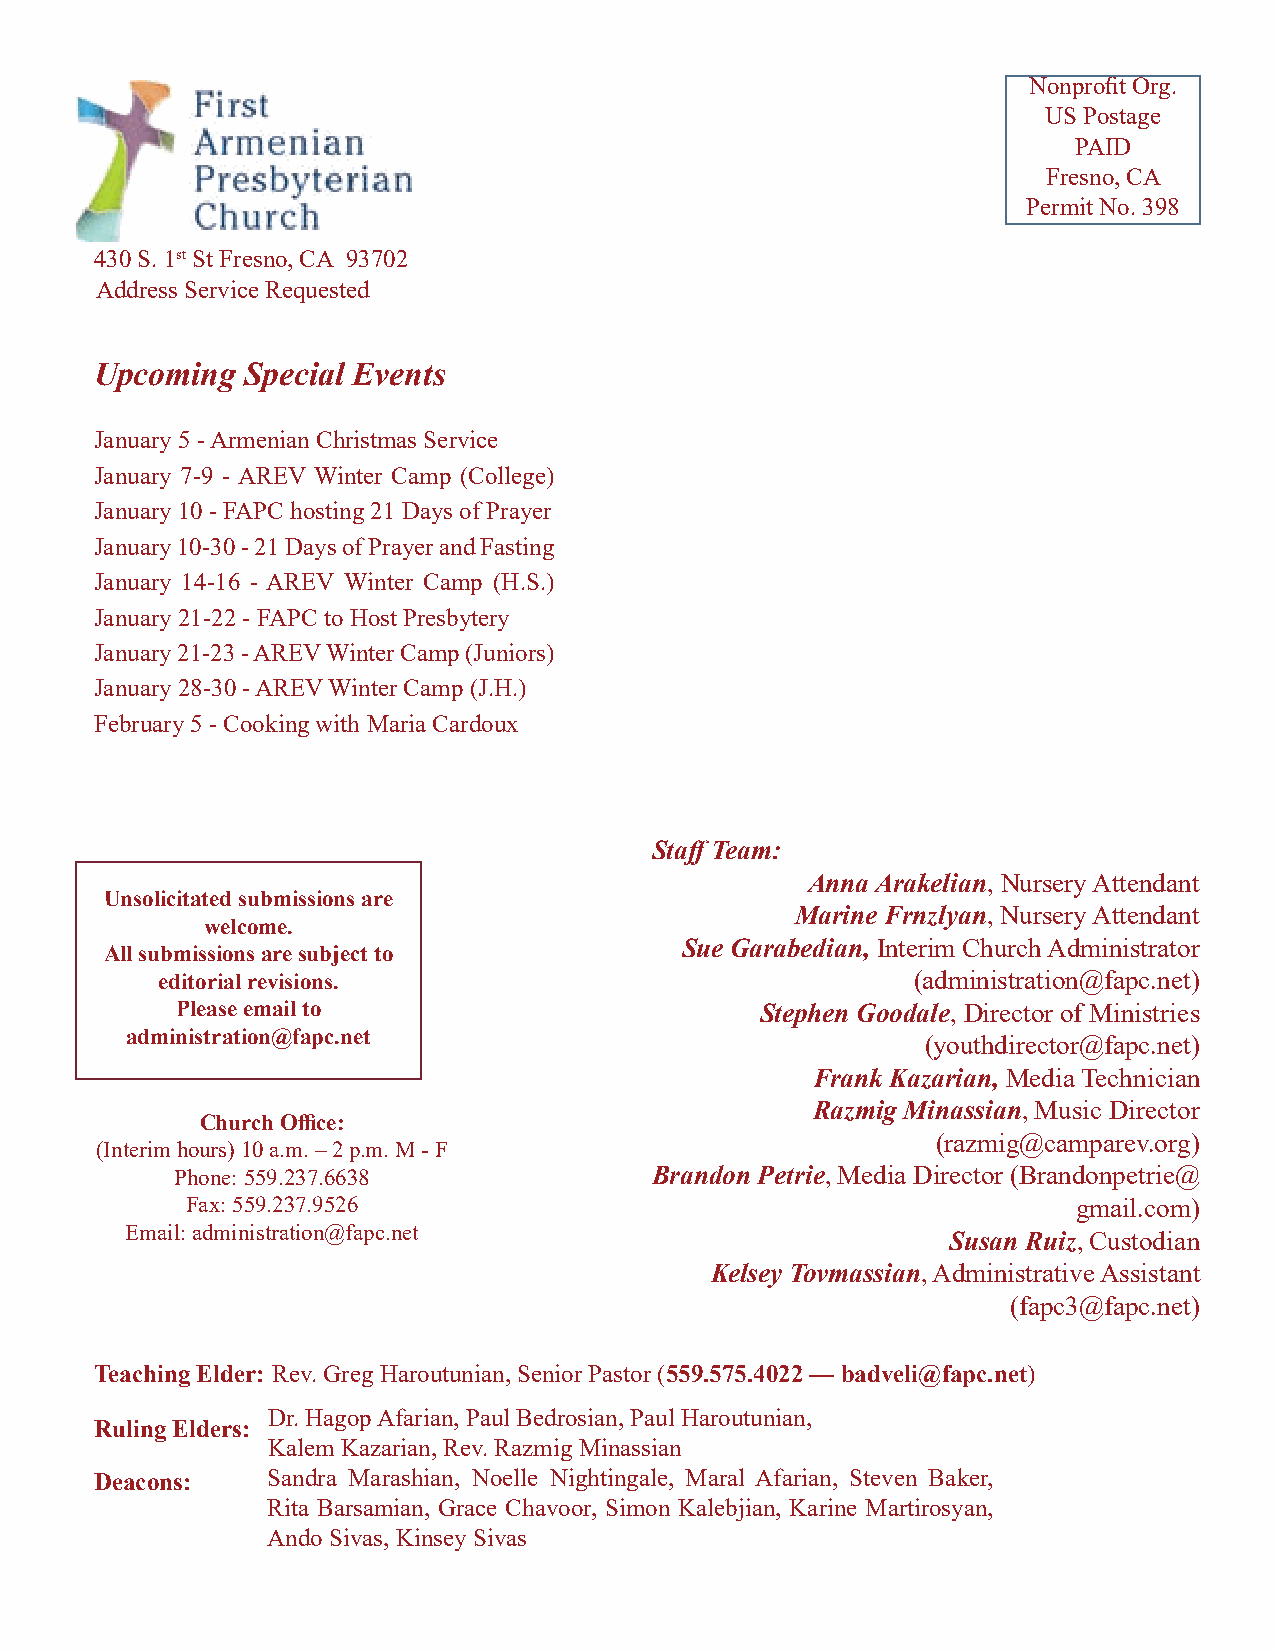
Nonprofit Org.
 US Postage
 PAID
 Fresno, CA
 Permit No. 398
 430 S. 1st St Fresno, CA 93702
 Address Service Requested
 Upcoming  Special Events
 January 5 - Armenian Christmas Service
 January 7-9 - AREV Winter Camp (College)
 January 10 - FAPC hosting 21 Days of Prayer
 January 10-30 - 21 Days of Prayer and Fasting
 January 14-16 - AREV Winter Camp (H.S.)
 January 21-22 - FAPC to Host Presbytery
 January 21-23 - AREV Winter Camp (Juniors)
 January 28-30 - AREV Winter Camp (J.H.)
 February 5 - Cooking with Maria Cardoux
 Staff Team:
 Anna Arakelian, Nursery Attendant
 Unsolicitated submissions are
 Marine Frnzlyan, Nursery Attendant
 welcome.
 Sue Garabedian, Interim Church Administrator
 All submissions are subject to
 editorial revisions.                               (administration@fapc.net)
 Please email to                       Stephen Goodale, Director of Ministries
 administration@fapc.net
 (youthdirector@fapc.net)
 Frank Kazarian, Media Technician
 Razmig Minassian, Music Director
 Church Office:
 (razmig@camparev.org)
 (Interim hours) 10 a.m. – 2 p.m. M - F
 Phone: 559.237.6638            Brandon Petrie, Media Director (Brandonpetrie@
 Fax: 559.237.9526                                          gmail.com)
 Email: administration@fapc.net
 Susan Ruiz, Custodian
 Kelsey Tovmassian, Administrative Assistant
 (fapc3@fapc.net)
 Teaching Elder: Rev. Greg Haroutunian, Senior Pastor (559.575.4022 — badveli@fapc.net)
 Dr. Hagop Afarian, Paul Bedrosian, Paul Haroutunian,
 Ruling Elders:
 Kalem Kazarian, Rev. Razmig Minassian
 Deacons:    Sandra Marashian, Noelle Nightingale, Maral Afarian, Steven Baker,
 Rita Barsamian, Grace Chavoor, Simon Kalebjian, Karine Martirosyan,
 Ando Sivas, Kinsey Sivas